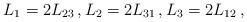
LaTeX: \begin{align*}L_1=2L_{23}\,, L_2=2L_{31}\,, L_3=2L_{12}\,,\end{align*}